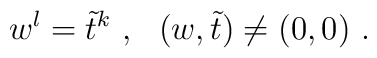
w^l = \tilde{t}^k \ , \ \ ( w , \tilde{t} ) \neq ( 0 , 0 ) \ .